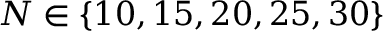
N \in \{ 1 0 , 1 5 , 2 0 , 2 5 , 3 0 \}